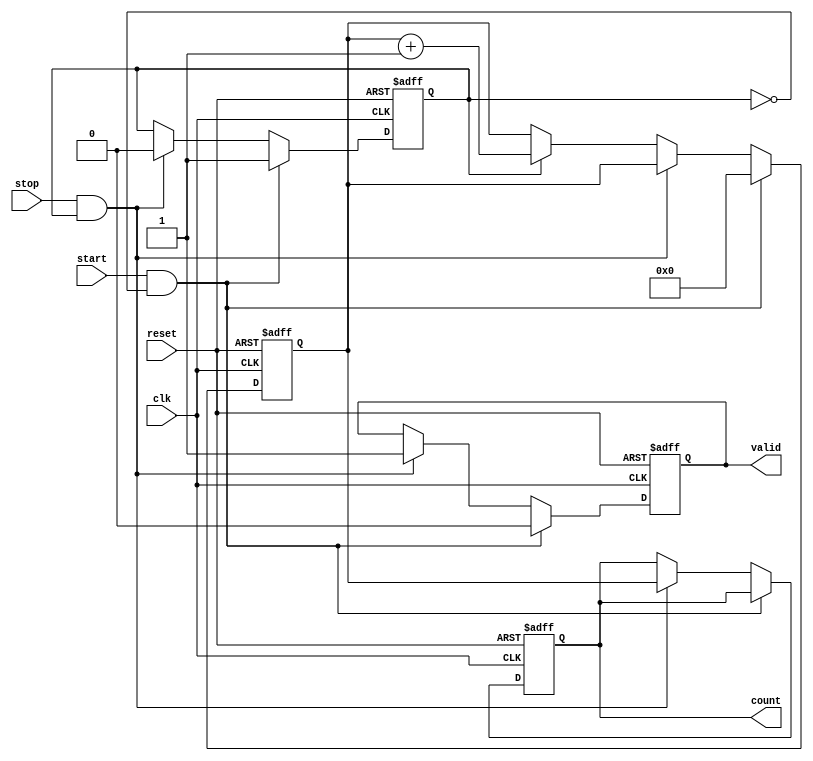
module TDC (
    input wire clk,          // Clock input
    input wire start,        // Start signal
    input wire stop,         // Stop signal
    input wire reset,        // Reset signal
    output reg [N-1:0] count, // Output register to store count
    output reg valid         // Output signal to indicate valid count
);
    parameter N = 16; // Bit-width of the counter

    reg [N-1:0] counter;  // Counter for clock cycles
    reg counting;          // State to indicate if counting is active

    // Asynchronous reset and control logic
    always @(posedge clk or posedge reset) begin
        if (reset) begin
            counter <= 0;
            count <= 0;
            counting <= 0;
            valid <= 0;
        end else begin
            if (start && !counting) begin
                // Start counting on rising edge of start
                counting <= 1;
                counter <= 0; // Reset counter
                valid <= 0;   // Invalidate previous count
            end else if (stop && counting) begin
                // Stop counting on rising edge of stop
                counting <= 0;
                count <= counter; // Capture the count
                valid <= 1;       // Mark the count as valid
            end else if (counting) begin
                // Increment counter while counting
                counter <= counter + 1;
            end
        end
    end

endmodule